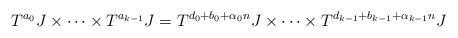
LaTeX: \begin{align*}T^{a_0} J \times \cdots \times T^{a_{k-1}} J = T^{d_0+ b_0 + \alpha_0 n} J \times \cdots \times T^{d_{k-1} + b_{k-1} + \alpha_{k-1}n} J \end{align*}